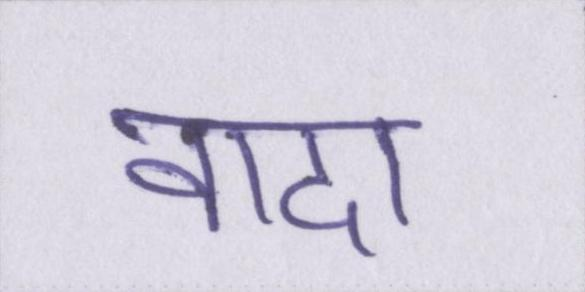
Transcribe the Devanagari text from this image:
वादा